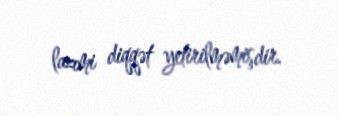
lazımi diqqət yetirilməmişdir.